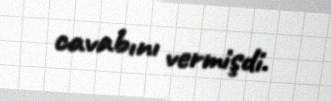
cavabını vermişdi.